Lock hospitals Punjab
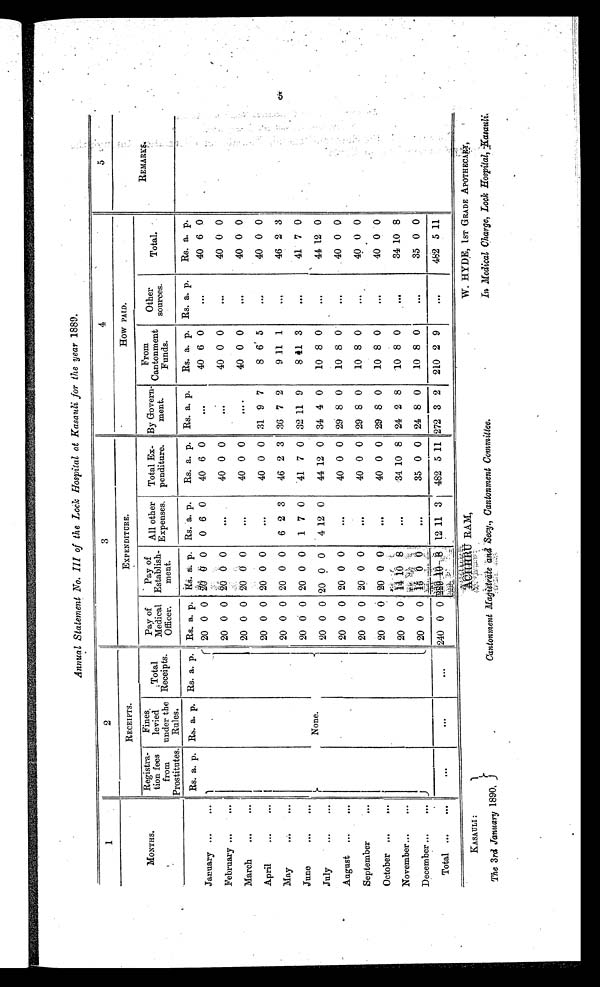
Annual Statement No. III of the Lock Hospital at Kasauli for the year 1889.
1
2
3
4
5
MONTHS.
RECEIPTS.
EXPENDITURE.
How PAID.
REMARKS.
Registra
tion fees
from
Prostitutes.
Fines
levied
under the
Rules.
Total
Receipts.
Pay of
Medical
Officer.
Pay of
Establishment. All other
Expenses.
Total Expenditure. By Govern
ment.
From
Cantonment Funds.
Other
sources.
Total.
Rs. a. p. Rs. a. p. Rs. a.
p . Rs. a. p. Rs. a. p. Rs. a. p.
Rs. a. p. Rs. a. p.
Rs. a. p. Rs. a. p.
Rs. a. p.
January
20 0 0 20 0 0 0 6 0
40 6 0
...
40 6 0
...
40 6 0
February
20 0 0 20 0 0
...
40 0 0
...
40 0 0
. . .
40 0 0
March
20 0 0 20 0 0
...
40 0 0
...
40 0 0
...
40 0 0
April
20 0 0 20 0 0
...
40 0 0 31 9 7
8 6 5
...
40 0 0
May
20 0 0 20 0 0 6 2 3
46 2 3 36 7 2
9 11 1
...
46 2 3
June
None.
20 0 0 20 0 0 1 7 0
41 7 0 32 11 9
8 11 3
. . .
41 7 0
July
20 0 0 20 0 0
4 1 2 0
44 12 0 34 4 0
10 8 0
...
44 12 0
August
20 0 0 20 0 0
...
40 0 0 29 8 0
10 8 0
. . .
40 0 0
September
20 0 0 20 0 0
...
40 0 0 29 8 0
10 8 0
...
40 0 0
October
20 0 0 20 0 0
. . .
40 0
0 29 8 0
10 8 0
...
40 0 0
November
20 0 0 14
1 0
8
...
34 10 8 24 2 8
10 8 0
. . .
34 10 8
December
20 0 0
1 5 0 0
. . .
35 0 0 24 8 0
10 8 0
. . .
35 0 0
Total
...
...
...
240 0 0 229
1 0
8 12 11 3 482 5 11 272 3 2 210 2 9
. . .
482 5 11
KASAULI :
The 3rd January 1890,
A C H H R U R A M ,
Cantonment Magistrate and Secy., Cantonment Committee.
W. HYDE, 1ST GRADE APOTHECARY,
In Medical Charge, Lock Hospital,Kasau li.